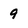
Character: 9